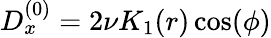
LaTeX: D_{x}^{(0)}=2\nu K_{1}(r)\cos(\phi)